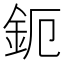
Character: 鈪